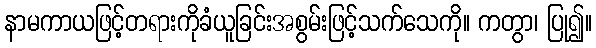
နာမကာယဖြင့်တရားကိုခံယူခြင်းအစွမ်းဖြင့်သက်သေကို။ ကတွာ၊ ပြု၍။